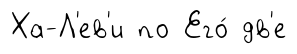
Ха-Л'ев'и по Его́ дв'е